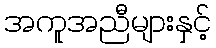
အကူအညီများနှင့်